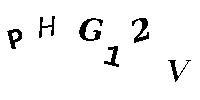
PHG12V